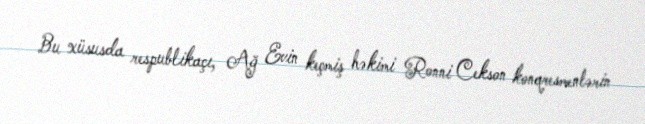
Bu xüsusda respublikaçı, Ağ Evin keçmiş həkimi Ronni Cekson konqresmenlərin